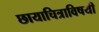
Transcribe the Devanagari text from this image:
छायाचित्राविषयी